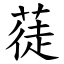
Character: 蓗